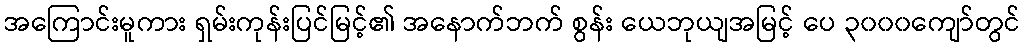
အကြောင်းမူကား ရှမ်းကုန်းပြင်မြင့်၏ အနောက်ဘက် စွန်း ယေဘုယျအမြင့် ပေ ၃၀၀၀ကျော်တွင်